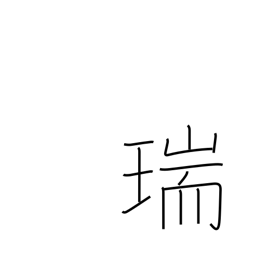
Meaning: congratulations